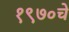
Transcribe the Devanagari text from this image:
१९७०चे